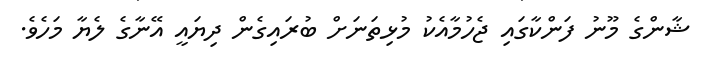
ޝާންގެ މޫނު ފަންކާގައި ޖެހުމާއެކު މުޅިތަނަށް ބުރައިގެން ދިޔައީ އޭނާގެ ލެޔާ މަހެވެ.